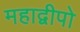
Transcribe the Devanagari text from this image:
महाद्वीपो